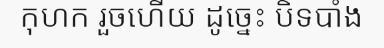
កុហក រួចហើយ ដូច្នេះ បិទបាំង